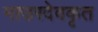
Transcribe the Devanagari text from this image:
माउरदेवकृत